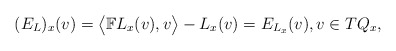
\begin{gather*} ( E _L ) _x (v) = \bigl\langle \mathbb{F} L _x (v) , v \bigr\rangle- L _x (v) = E _{ L _x } (v) , v \in T Q _x ,\end{gather*}